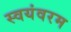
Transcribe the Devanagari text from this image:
स्वयंवरम